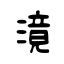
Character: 滰